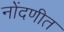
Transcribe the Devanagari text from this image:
नोंदणीत